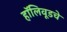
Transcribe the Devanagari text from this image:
हॉलिवूडचे